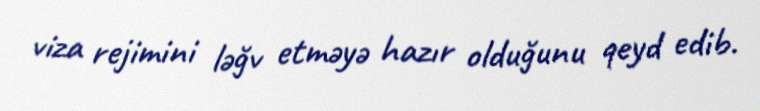
viza rejimini ləğv etməyə hazır olduğunu qeyd edib.